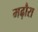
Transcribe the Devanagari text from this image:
मढ़ौरा